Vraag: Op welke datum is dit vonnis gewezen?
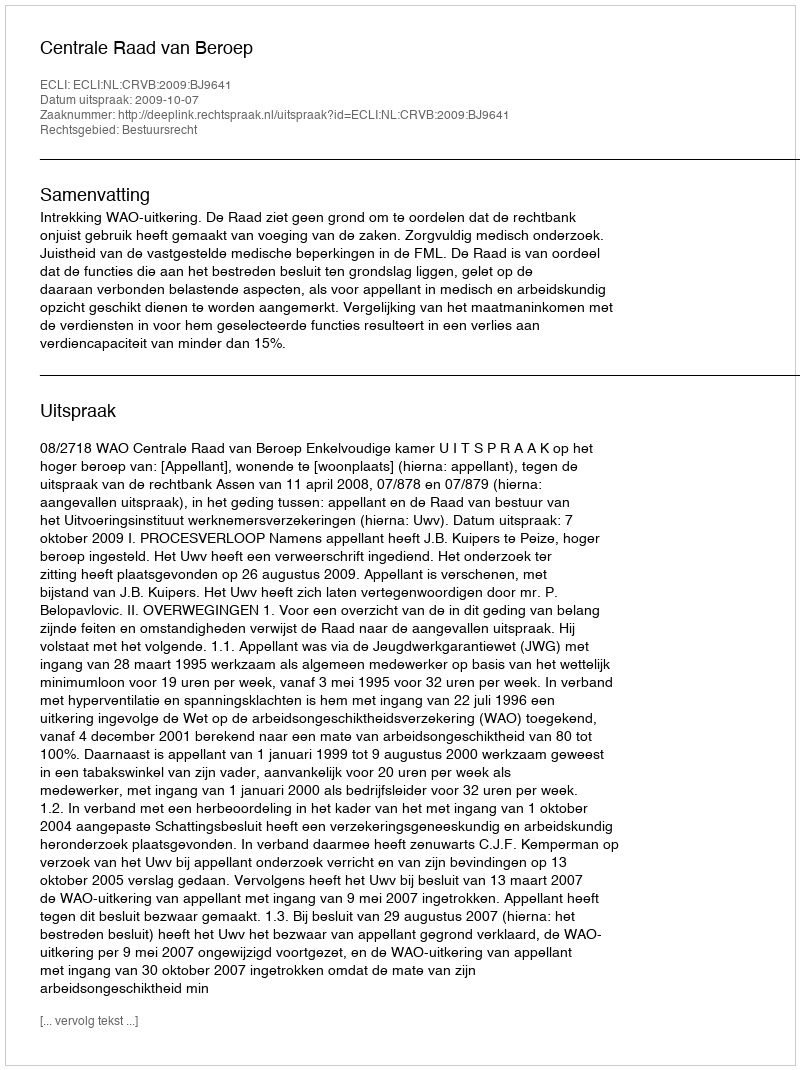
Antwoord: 2009-10-07